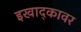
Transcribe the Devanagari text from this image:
इखाद्कावर